Vaccination in Bombay 1902-1912 - 1902-1912
Year: 1902
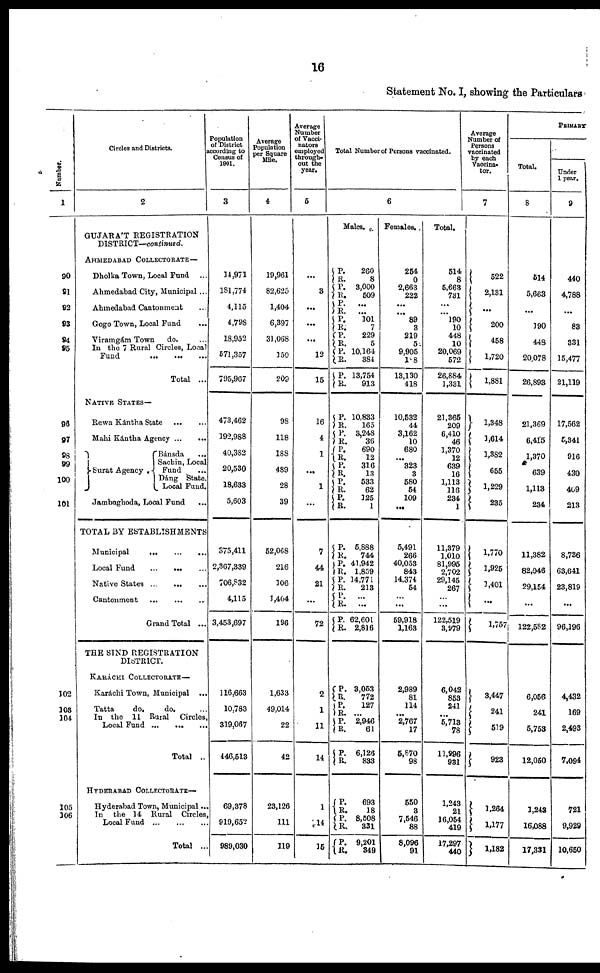
16
Statement No. I, showing the Particulars
Number.
1
90
91
92
93
94
95
98
97
98
99
100
101
102
103
104
105
106
Circles and Districts.
2
GUJARÁT REGISTRATION
DISTRICT—continued.
AHMEDABAD COLLECTORATE—
Dholka Town, Local Fund ...
Ahmedabad City, Municipal ...
Ahmedabad Cantonment ...
Gogo Town, Local Fund
...
Viramgám Town
do. ...
In the 7 Rural Circles, Local
Fund
...
...
...
Total ...
NATIVE STATES—
Rewa Kántha State
...
...
Mahi Kántha Agency
...
...
Surat Agency.
Bánsda ...
Sachin, Local
Fund ...
Dàng State,
Local Fund.
Jambughoda, Local Fund ...
TOTAL BY ESTABLISHMENTS
Municipal
...
...
...
Local Fund ... ... ...
Native States
...
...
...
Cantonment
...
...
...
Grand Total ...
THE SIND REGISTRATION
DISTRICT.
KARÁCHI COLLECTORATE—
Karáchi Town, Municipal ...
Tatta
do.
do. ...
In the 11 Rural Circles,
Local Fund ... ... ...
Total ..
HYDERABAD COLLECTORATE—
Hyderabad Town, Municipal...
In the 14 Rural Circles,
Local Fund ... ... ...
Total ...
Population
of District
according to
Census of
1901.
3
14,971
181,774
4,115
4,798
18,952
571,357
795,967
473,462
192,988
40,382
20,530
18,633
5,603
375,411
2,367,339
706,832
4,115
3,453,697
116,663
10,783
319,067
446,513
69,378
919,652
989,030
Average
Population
per Square
Mile.
4
19,961
82,625
1,404
6,397
31,068
150
209
98
118
188
489
28
39
52,068
216
106
1,404
196
1,633
49,014
22
42
23,126
111
119
Average
Number
of Vacci¬
nators
employed
through-
out the
year.
5
...
3
...
...
...
12
15
16
4
1
...
1
...
7
44
21
...
72
2
1
11
14
1
14
15
Total Number of Persons vaccinated.
6
Males.
P.
R.
P.
R.
P.
R.
P.
R.
P.
R.
P.
R.
P.
R.
P.
R.
P.
R.
P.
R.
P.
R.
P.
R.
P.
R.
P.
R.
P.
R.
P.
R.
P.
R.
P.
R.
P.
R.
P.
R.
P.
R.
P.
R.
P.
R.
P.
R.
P.
R.
260
8
3,000
509
...
...
101
7
229
5
10,164
384
13,754
913
10,833
165
3,248
36
690
12
316
13
533
62
125
1
5,888
744
41,942
1,859
14,771
213
...
...
62,601
2,816
3,053
772
127
...
2,946
61
6,126
833
693
18
8,508
331
9,201
349
Females.
254
0
2,663
222
...
...
89
3
219
5
9,905
188
13,130
418
10,532
44
3,162
10
680
...
323
3
580
54
109
...
5,491
266
40,053
843
14,374
54
...
...
59,918
1,163
2,989
81
114
...
2,767
17
5,870
98
550
3
7,546
88
8,096
91
Total.
514
8
5,663
731
...
...
190
10
448
10
20,069
572
26,884
1,381
21,365
209
6,410
46
1,370
12
639
16
1,113
116
234
1
11,379
1,010
81,995
2,702
29,145
267
...
...
122,519
3,979
6,042
853
241
...
5,713
78
11,996
931
1,243
21
16,054
419
17,297
440
Average
Number of
Persons
vaccinated
by each
Vaccina¬
tor.
7
522
2,131
...
200
458
1,720
1,881
1,348
1,614
1,382
655
1,229
235
1,770
1,925
1,401
...
1,757
3,447
241
519
923
1,264
1,177
1,182
PRIMARY
Total.
8
514
5,663
...
190
448
20,078
26,893
21,369
6,415
1,370
639
1,113
234
11,382
82,046
29,154
...
122,582
6,056
241
5,753
12,050
1,243
16,088
17,331
Under
1 year.
9
440
4,788
...
83
331
15,477
21,119
17,562
5,341
916
430
409
213
8,736
63,641
23,819
...
96,196
4,432
169
2,493
7,094
721
9,929
10,650